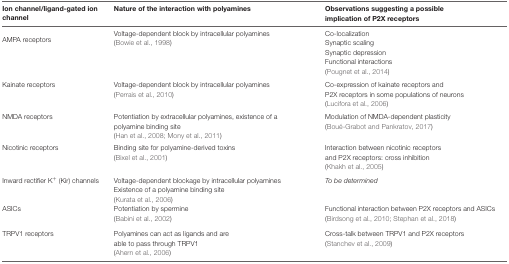
<table><thead><tr><td><b>Ion channel/ligand-gated ion channel</b></td><td><b>Nature of the interaction with polyamines</b></td><td><b>Observations suggesting a possible implication of P2X receptors</b></td></tr></thead><tbody><tr><td>AMPA receptors</td><td>Voltage-dependent block by intracellular polyamines (Bowie et al., 1998)</td><td>Co-localization Synaptic scaling Synaptic depression Functional interactions (Pougnet et al., 2014)</td></tr><tr><td>Kainate receptors</td><td>Voltage-dependent block by intracellular polyamines (Perrais et al., 2010)</td><td>Co-expression of kainate receptors and P2X receptors in some populations of neurons (Lucifora et al., 2006)</td></tr><tr><td>NMDA receptors</td><td>Potentiation by extracellular polyamines, existence of a polyamine binding site (Han et al., 2008; Mony et al., 2011)</td><td>Modulation of NMDA-dependent plasticity (Boué-Grabot and Pankratov, 2017)</td></tr><tr><td>Nicotinic receptors</td><td>Binding site for polyamine-derived toxins (Bixel et al., 2001)</td><td>Interaction between nicotinic receptors and P2X receptors: cross inhibition (Khakh et al., 2005)</td></tr><tr><td>Inward rectifier K<sup>+</sup> (Kir) channels</td><td>Voltage-dependent blockage by intracellular polyamines Existence of a polyamine binding site (Kurata et al., 2006)</td><td><i>To be determined</i></td></tr><tr><td>ASICs</td><td>Potentiation by spermine (Babini et al., 2002)</td><td>Functional interaction between P2X receptors and ASICs (Birdsong et al., 2010; Stephan et al., 2018)</td></tr><tr><td>TRPV1 receptors</td><td>Polyamines can act as ligands and are able to pass through TRPV1(Ahern et al., 2006)</td><td>Cross-talk between TRPV1 and P2X receptors (Stanchev et al., 2009)</td></tr></tbody></table>